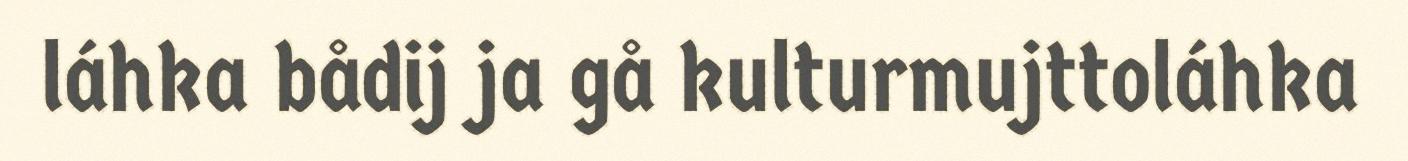
láhka bådij ja gå kulturmujttoláhka